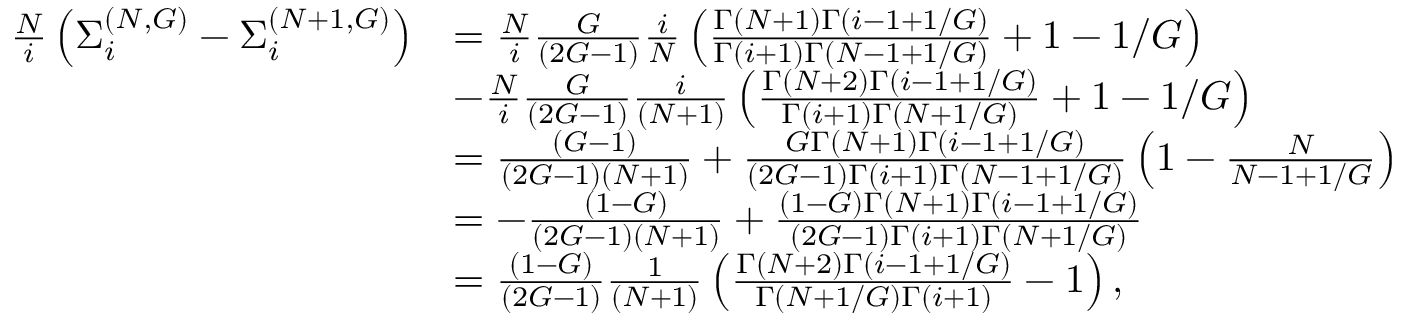
\begin{array} { r l } { \frac { N } { i } \left( \Sigma _ { i } ^ { ( N , G ) } - \Sigma _ { i } ^ { ( N + 1 , G ) } \right) } & { = \frac { N } { i } \frac { G } { \left( 2 G - 1 \right) } \frac { i } { N } \left( \frac { \Gamma \left( N + 1 \right) \Gamma \left( i - 1 + 1 / G \right) } { \Gamma \left( i + 1 \right) \Gamma \left( N - 1 + 1 / G \right) } + 1 - 1 / G \right) } \\ & { - \frac { N } { i } \frac { G } { \left( 2 G - 1 \right) } \frac { i } { \left( N + 1 \right) } \left( \frac { \Gamma \left( N + 2 \right) \Gamma \left( i - 1 + 1 / G \right) } { \Gamma \left( i + 1 \right) \Gamma \left( N + 1 / G \right) } + 1 - 1 / G \right) } \\ & { = \frac { \left( G - 1 \right) } { \left( 2 G - 1 \right) \left( N + 1 \right) } + \frac { G \Gamma \left( N + 1 \right) \Gamma \left( i - 1 + 1 / G \right) } { \left( 2 G - 1 \right) \Gamma \left( i + 1 \right) \Gamma \left( N - 1 + 1 / G \right) } \left( 1 - \frac { N } { N - 1 + 1 / G } \right) } \\ & { = - \frac { \left( 1 - G \right) } { \left( 2 G - 1 \right) \left( N + 1 \right) } + \frac { \left( 1 - G \right) \Gamma \left( N + 1 \right) \Gamma \left( i - 1 + 1 / G \right) } { \left( 2 G - 1 \right) \Gamma \left( i + 1 \right) \Gamma \left( N + 1 / G \right) } } \\ & { = \frac { \left( 1 - G \right) } { \left( 2 G - 1 \right) } \frac { 1 } { \left( N + 1 \right) } \left( \frac { \Gamma \left( N + 2 \right) \Gamma \left( i - 1 + 1 / G \right) } { \Gamma \left( N + 1 / G \right) \Gamma \left( i + 1 \right) } - 1 \right) , } \end{array}